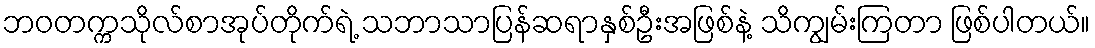
ဘဝတက္ကသိုလ်စာအုပ်တိုက်ရဲ့ သဘာသာပြန်ဆရာနှစ်ဦးအဖြစ်နဲ့ သိကျွမ်းကြတာ ဖြစ်ပါတယ်။